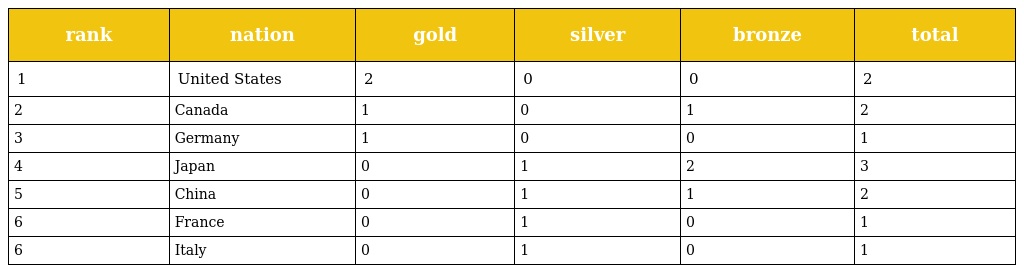
| rank | nation | gold | silver | bronze | total |
 | --- | --- | --- | --- | --- | --- |
 | 1 | United States | 2 | 0 | 0 | 2 |
 | 2 | Canada | 1 | 0 | 1 | 2 |
 | 3 | Germany | 1 | 0 | 0 | 1 |
 | 4 | Japan | 0 | 1 | 2 | 3 |
 | 5 | China | 0 | 1 | 1 | 2 |
 | 6 | France | 0 | 1 | 0 | 1 |
 | 6 | Italy | 0 | 1 | 0 | 1 |